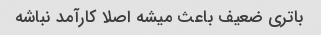
باتری ضعیف باعث میشه اصلا کارآمد نباشه